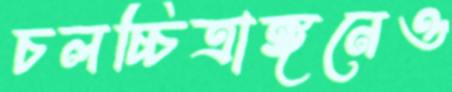
চলচ্চিত্রাঙ্গনেও